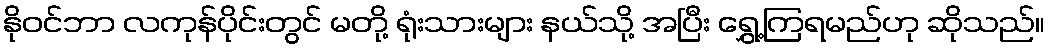
နိုဝင်ဘာ လကုန်ပိုင်းတွင် မတို့ ရုံးသားများ နယ်သို့ အပြီး ရွှေ့ကြရမည်ဟု ဆိုသည်။